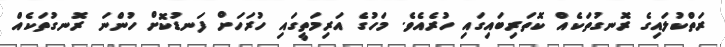
ރަތްކުލައިގެ ރޮނގުތަކެއް ކޮތަރިބައިގައި ހުރެއެެވެ. މަހުގެ އަރިމަތީގައި ހުރަހަށް ފަނޑުކޮށް ހުންނަ ރޮނގުތަކެއް